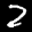
Label: 2